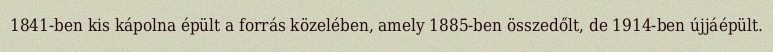
1841-ben kis kápolna épült a forrás közelében, amely 1885-ben összedőlt, de 1914-ben újjáépült.